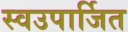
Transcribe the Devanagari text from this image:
स्वउपार्जित